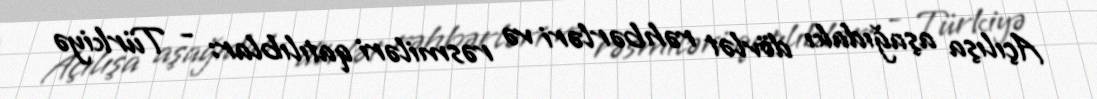
Açılışa aşağıdakı dövlət rəhbərləri və rəsmiləri qatılıblar: - Türkiyə